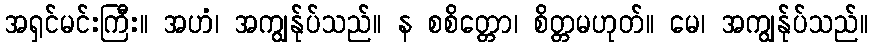
အရှင်မင်းကြီး။ အဟံ၊ အကျွန်ုပ်သည်။ န စစိတ္တော၊ စိတ္တမဟုတ်။ မေ၊ အကျွန်ုပ်သည်။